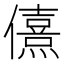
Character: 𰃂